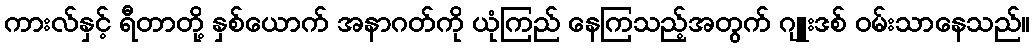
ကားလ်နှင့် ရီတာတို့ နှစ်ယောက် အနာဂတ်ကို ယုံကြည် နေကြသည့်အတွက် ဂျူးဒစ် ဝမ်းသာနေသည်။